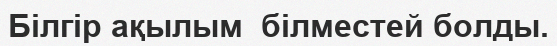
Білгір ақылым  білместей болды.